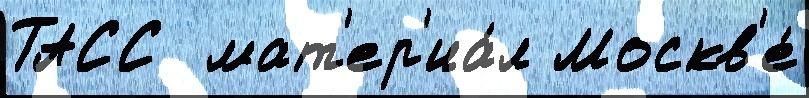
ТАСС  мат'ер'иа́л Москв'е́